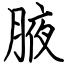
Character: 腋